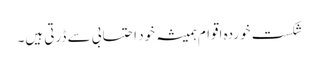
شکست خوردہ اقوام ہمیشہ خود احتسابی سے ڈرتی ہیں۔